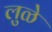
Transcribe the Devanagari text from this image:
लुळे